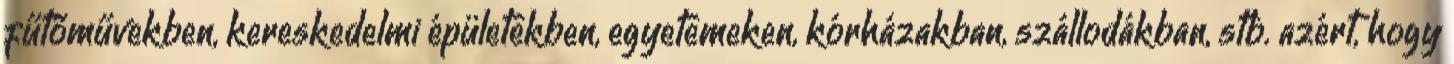
fűtőművekben, kereskedelmi épületekben, egyetemeken, kórházakban, szállodákban, stb. azért, hogy